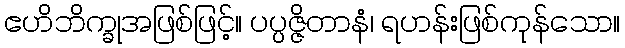
ဧဟိဘိက္ခုအဖြစ်ဖြင့်။ ပပ္ပဇ္ဇိတာနံ၊ ရဟန်းဖြစ်ကုန်သော။